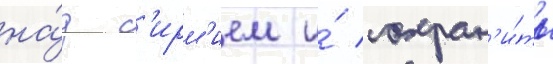
на́д с'ирм'ием и́ сохран'и́ть